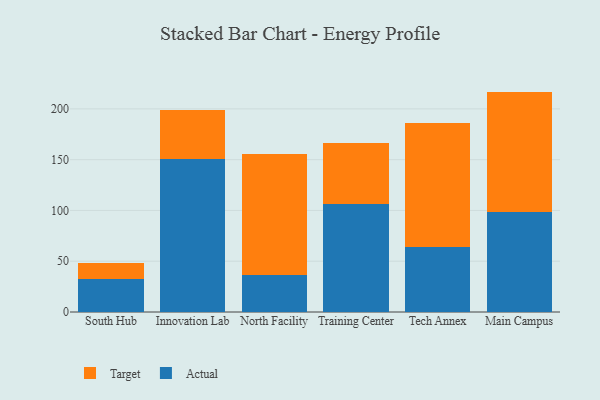
{"axis": {"x": "Campus", "y": "Latency (ms)"}, "legend": ["Actual", "Target"], "data": [{"x": "South Hub", "y": 32.6, "type": "Actual"}, {"x": "South Hub", "y": 15.2, "type": "Target"}, {"x": "Innovation Lab", "y": 150.4, "type": "Actual"}, {"x": "Innovation Lab", "y": 48.7, "type": "Target"}, {"x": "North Facility", "y": 36.7, "type": "Actual"}, {"x": "North Facility", "y": 118.4, "type": "Target"}, {"x": "Training Center", "y": 106.6, "type": "Actual"}, {"x": "Training Center", "y": 59.4, "type": "Target"}, {"x": "Tech Annex", "y": 63.9, "type": "Actual"}, {"x": "Tech Annex", "y": 121.7, "type": "Target"}, {"x": "Main Campus", "y": 98.0, "type": "Actual"}, {"x": "Main Campus", "y": 119.0, "type": "Target"}]}